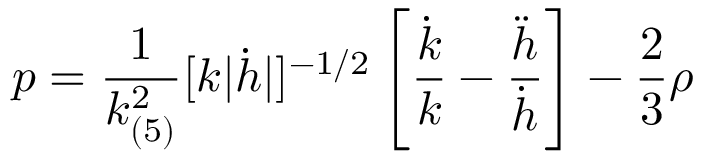
p = \frac { 1 } { k _ { ( 5 ) } ^ { 2 } } [ k | \dot { h } | ] ^ { - 1 / 2 } \left[ \frac { \dot { k } } { k } - \frac { \ddot { h } } { \dot { h } } \right] - \frac { 2 } { 3 } \rho